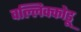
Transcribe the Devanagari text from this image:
वल्लिक्कोडू